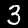
Label: 3